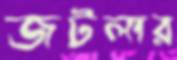
জটলার